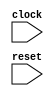
module ExpandWhens(
  input   clock,
  input   reset
);
`ifdef RANDOMIZE_REG_INIT
  reg [31:0] _RAND_0;
  reg [31:0] _RAND_1;
`endif // RANDOMIZE_REG_INIT
  reg [15:0] x;
  wire [1:0] _GEN_0 = x >= 16'h1 ? 2'h2 : 2'h1; // @[]
  wire [2:0] _GEN_1 = x < 16'h3 ? 3'h3 : 3'h4; // @[]
  wire [2:0] _GEN_2 = x >= 16'h2 ? _GEN_1 : {{1'd0}, _GEN_0}; // @[]
  wire [2:0] _GEN_3 = x < 16'h5 ? 3'h5 : 3'h6; // @[]
  wire [2:0] _GEN_4 = x >= 16'h4 ? _GEN_3 : _GEN_2; // @[]
  wire [2:0] _GEN_5 = reset ? _GEN_2 : _GEN_4; // @[]
  reg [15:0] count;
  wire [16:0] _GEN_6 = count != 16'h6 ? count + 16'h1 : {{1'd0}, count}; // @[]
  wire [2:0] _GEN_7 = reset ? 3'h0 : _GEN_5;
  always @(posedge clock) begin
    x <= {{13'd0}, _GEN_7};
    if (reset) begin
      count <= 16'h0;
    end else begin
      count <= _GEN_6[15:0];
    end
    `ifndef SYNTHESIS
    `ifdef PRINTF_COND
      if (`PRINTF_COND) begin
    `endif
        if (1'h1) begin
          $fwrite(32'h80000002,"count = %d, x = %d\n",count,x);
        end
    `ifdef PRINTF_COND
      end
    `endif
    `endif // SYNTHESIS
    `ifndef SYNTHESIS
    `ifdef PRINTF_COND
      if (`PRINTF_COND) begin
    `endif
        if (~reset & x != count) begin
          $fwrite(32'h80000002,"Assertion failed! x =/= count!\n");
        end
    `ifdef PRINTF_COND
      end
    `endif
    `endif // SYNTHESIS
    `ifndef SYNTHESIS
    `ifdef STOP_COND
      if (`STOP_COND) begin
    `endif
        if (~reset & x != count) begin
          $fatal;
        end
    `ifdef STOP_COND
      end
    `endif
    `endif // SYNTHESIS
    `ifndef SYNTHESIS
    `ifdef STOP_COND
      if (`STOP_COND) begin
    `endif
        if (~reset & x == 16'h6) begin
          $finish;
        end
    `ifdef STOP_COND
      end
    `endif
    `endif // SYNTHESIS
  end
// Register and memory initialization
`ifdef RANDOMIZE_GARBAGE_ASSIGN
`define RANDOMIZE
`endif
`ifdef RANDOMIZE_INVALID_ASSIGN
`define RANDOMIZE
`endif
`ifdef RANDOMIZE_REG_INIT
`define RANDOMIZE
`endif
`ifdef RANDOMIZE_MEM_INIT
`define RANDOMIZE
`endif
`ifndef RANDOM
`define RANDOM $random
`endif
`ifdef RANDOMIZE_MEM_INIT
  integer initvar;
`endif
`ifndef SYNTHESIS
`ifdef FIRRTL_BEFORE_INITIAL
`FIRRTL_BEFORE_INITIAL
`endif
initial begin
  `ifdef RANDOMIZE
    `ifdef INIT_RANDOM
      `INIT_RANDOM
    `endif
    `ifndef VERILATOR
      `ifdef RANDOMIZE_DELAY
        #`RANDOMIZE_DELAY begin end
      `else
        #0.002 begin end
      `endif
    `endif
`ifdef RANDOMIZE_REG_INIT
  _RAND_0 = {1{`RANDOM}};
  x = _RAND_0[15:0];
  _RAND_1 = {1{`RANDOM}};
  count = _RAND_1[15:0];
`endif // RANDOMIZE_REG_INIT
  `endif // RANDOMIZE
end // initial
`ifdef FIRRTL_AFTER_INITIAL
`FIRRTL_AFTER_INITIAL
`endif
`endif // SYNTHESIS
endmodule